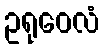
ဥရုဝေလံ